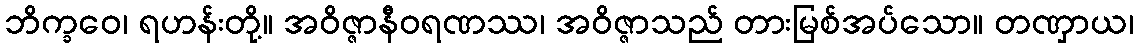
ဘိက္ခဝေ၊ ရဟန်းတို့။ အဝိဇ္ဇာနီဝရဏဿ၊ အဝိဇ္ဇာသည် တားမြစ်အပ်သော။ တဏှာယ၊